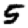
Digit: 5